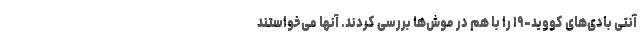
آنتی بادی‌های کووید-۱۹ را با هم در موش‌ها بررسی کردند. آنها می‌خواستند